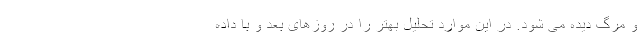
و مرگ دیده می شود. در این موارد تحلیل بهتر را در روزهای بعد و با داده